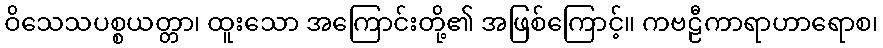
ဝိသေသပစ္စယတ္တာ၊ ထူးသော အကြောင်းတို့၏ အဖြစ်ကြောင့်။ ကဗဠီကာရာဟာရောစ၊